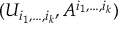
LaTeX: ( U _ { i _ { 1 } , \dots , i _ { k } } , A ^ { i _ { 1 } , \dots , i _ { k } } )